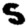
Digit: 5